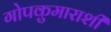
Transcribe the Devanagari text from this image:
गोपकुमाराशी